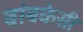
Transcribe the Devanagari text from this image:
बांबकेसी